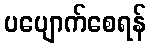
ပပျောက်စေရန်